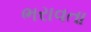
ભરાવતા